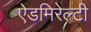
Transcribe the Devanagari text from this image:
ऐडमिरेल्टी